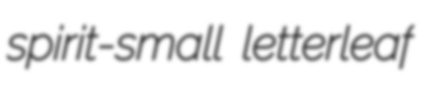
spirit-small letterleaf